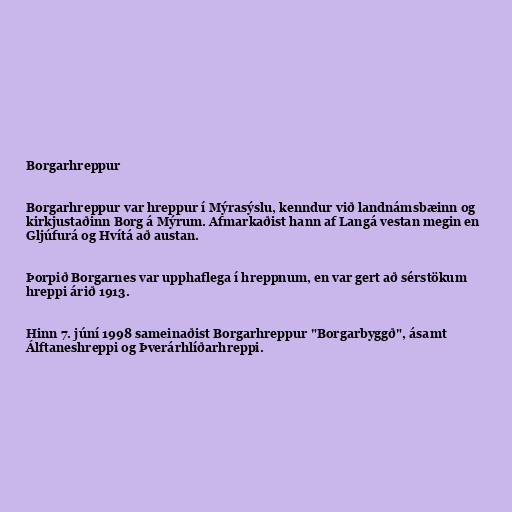
Borgarhreppur

Borgarhreppur var hreppur í Mýrasýslu, kenndur við landnámsbæinn og
kirkjustaðinn Borg á Mýrum. Afmarkaðist hann af Langá vestan megin en
Gljúfurá og Hvítá að austan.

Þorpið Borgarnes var upphaflega í hreppnum, en var gert að sérstökum
hreppi árið 1913.

Hinn 7. júní 1998 sameinaðist Borgarhreppur "Borgarbyggð", ásamt
Álftaneshreppi og Þverárhlíðarhreppi.